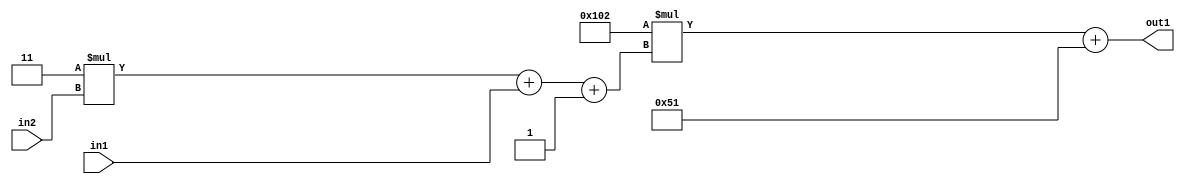
`timescale 1ps / 1ps
/*****************************************************************************
    Verilog RTL Description
    
    
    Created by: Stratus DpOpt 2019.1.01 
*******************************************************************************/

module DC_Filter_Add2i81Mul2i258Add3i1u1Mul2i3u2_1 (
	in2,
	in1,
	out1
	); /* architecture "behavioural" */ 
input [1:0] in2;
input  in1;
output [11:0] out1;
wire [11:0] asc001;
wire [3:0] asc002;

wire [3:0] asc002_tmp_0;
wire [3:0] asc002_tmp_1;
assign asc002_tmp_1 = 
	+(4'B0011 * in2);
assign asc002_tmp_0 = asc002_tmp_1
	+(in1);
assign asc002 = asc002_tmp_0
	+(4'B0001);

wire [11:0] asc001_tmp_2;
assign asc001_tmp_2 = 
	+(12'B000100000010 * asc002);
assign asc001 = asc001_tmp_2
	+(12'B000001010001);

assign out1 = asc001;
endmodule

/* CADENCE  vrP3SA4= : u9/ySgnWtBlWxVPRXgAZ4Og= ** DO NOT EDIT THIS LINE ******/